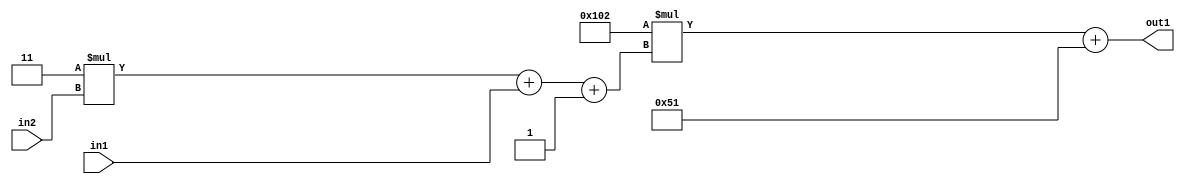
`timescale 1ps / 1ps
/*****************************************************************************
    Verilog RTL Description
    
    
    Created by: Stratus DpOpt 2019.1.01 
*******************************************************************************/

module DC_Filter_Add2i81Mul2i258Add3i1u1Mul2i3u2_1 (
	in2,
	in1,
	out1
	); /* architecture "behavioural" */ 
input [1:0] in2;
input  in1;
output [11:0] out1;
wire [11:0] asc001;
wire [3:0] asc002;

wire [3:0] asc002_tmp_0;
wire [3:0] asc002_tmp_1;
assign asc002_tmp_1 = 
	+(4'B0011 * in2);
assign asc002_tmp_0 = asc002_tmp_1
	+(in1);
assign asc002 = asc002_tmp_0
	+(4'B0001);

wire [11:0] asc001_tmp_2;
assign asc001_tmp_2 = 
	+(12'B000100000010 * asc002);
assign asc001 = asc001_tmp_2
	+(12'B000001010001);

assign out1 = asc001;
endmodule

/* CADENCE  vrP3SA4= : u9/ySgnWtBlWxVPRXgAZ4Og= ** DO NOT EDIT THIS LINE ******/